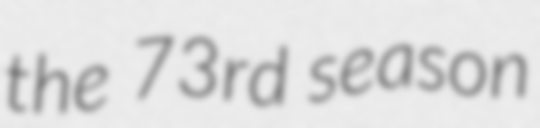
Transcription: the 73rd season